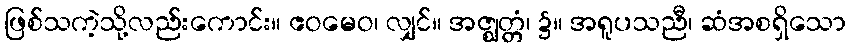
ဖြစ်သကဲ့သို့လည်းကောင်း။ ဧဝမေဝ၊ လျှင်။ အဇ္ဈတ္တံ၊ ၌။ အရူပသညီ၊ ဆံအစရှိသော